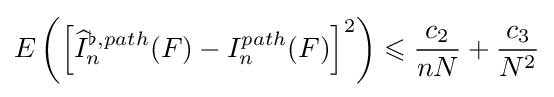
E\left(\left[{\widehat {I}}_{n}^{\flat ,path}(F)-I_{n}^{path}(F)\right]^{2}\right)\leqslant {\frac {c_{2}}{nN}}+{\frac {c_{3}}{N^{2}}}